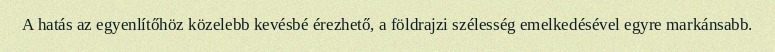
A hatás az egyenlítőhöz közelebb kevésbé érezhető, a földrajzi szélesség emelkedésével egyre markánsabb.